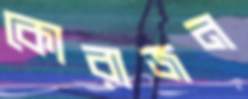
কোরাজন